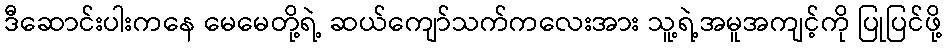
ဒီဆောင်းပါးကနေ မေမေတို့ရဲ့ ဆယ်ကျော်သက်ကလေးအား သူ့ရဲ့အမူအကျင့်ကို ပြုပြင်ဖို့